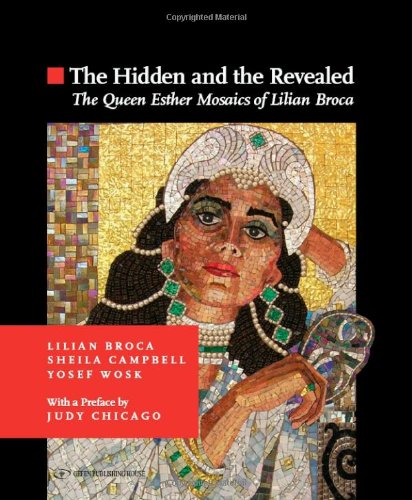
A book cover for The Hidden and the Revealed; The Queen Esther Mosaics of Lilian Broca; Lilian Broca; Crafts, Hobbies & Home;